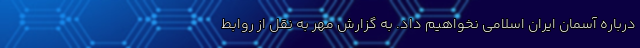
درباره آسمان ایران اسلامی نخواهیم داد. به گزارش مهر به نقل از روابط